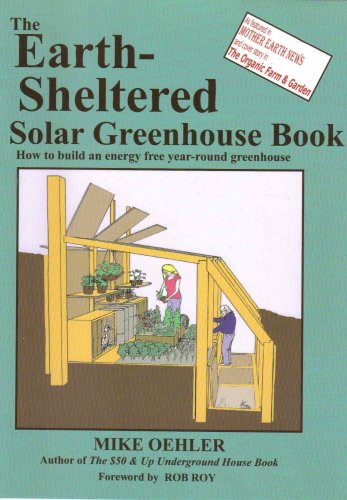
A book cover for The Earth Sheltered Solar Greenhouse Book; Mike Oehler; Crafts, Hobbies & Home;